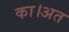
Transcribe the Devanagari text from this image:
का।अत